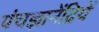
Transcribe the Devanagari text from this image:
पंचज्ञानेंद्रियें